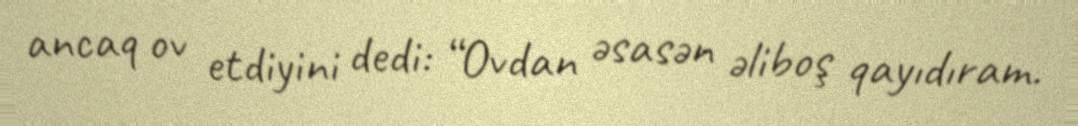
ancaq ov etdiyini dedi: “Ovdan əsasən əliboş qayıdıram.